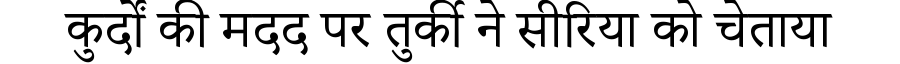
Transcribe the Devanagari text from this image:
कुर्दों की मदद पर तुर्की ने सीरिया को चेताया